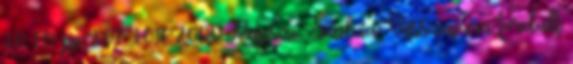
10 10. pp. 107-108. 2000 Pápszi, Szilvia: Visszájára fordult